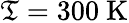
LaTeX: \mathfrak{T}=300~\mathrm{{K}}